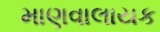
માણવાલાયક